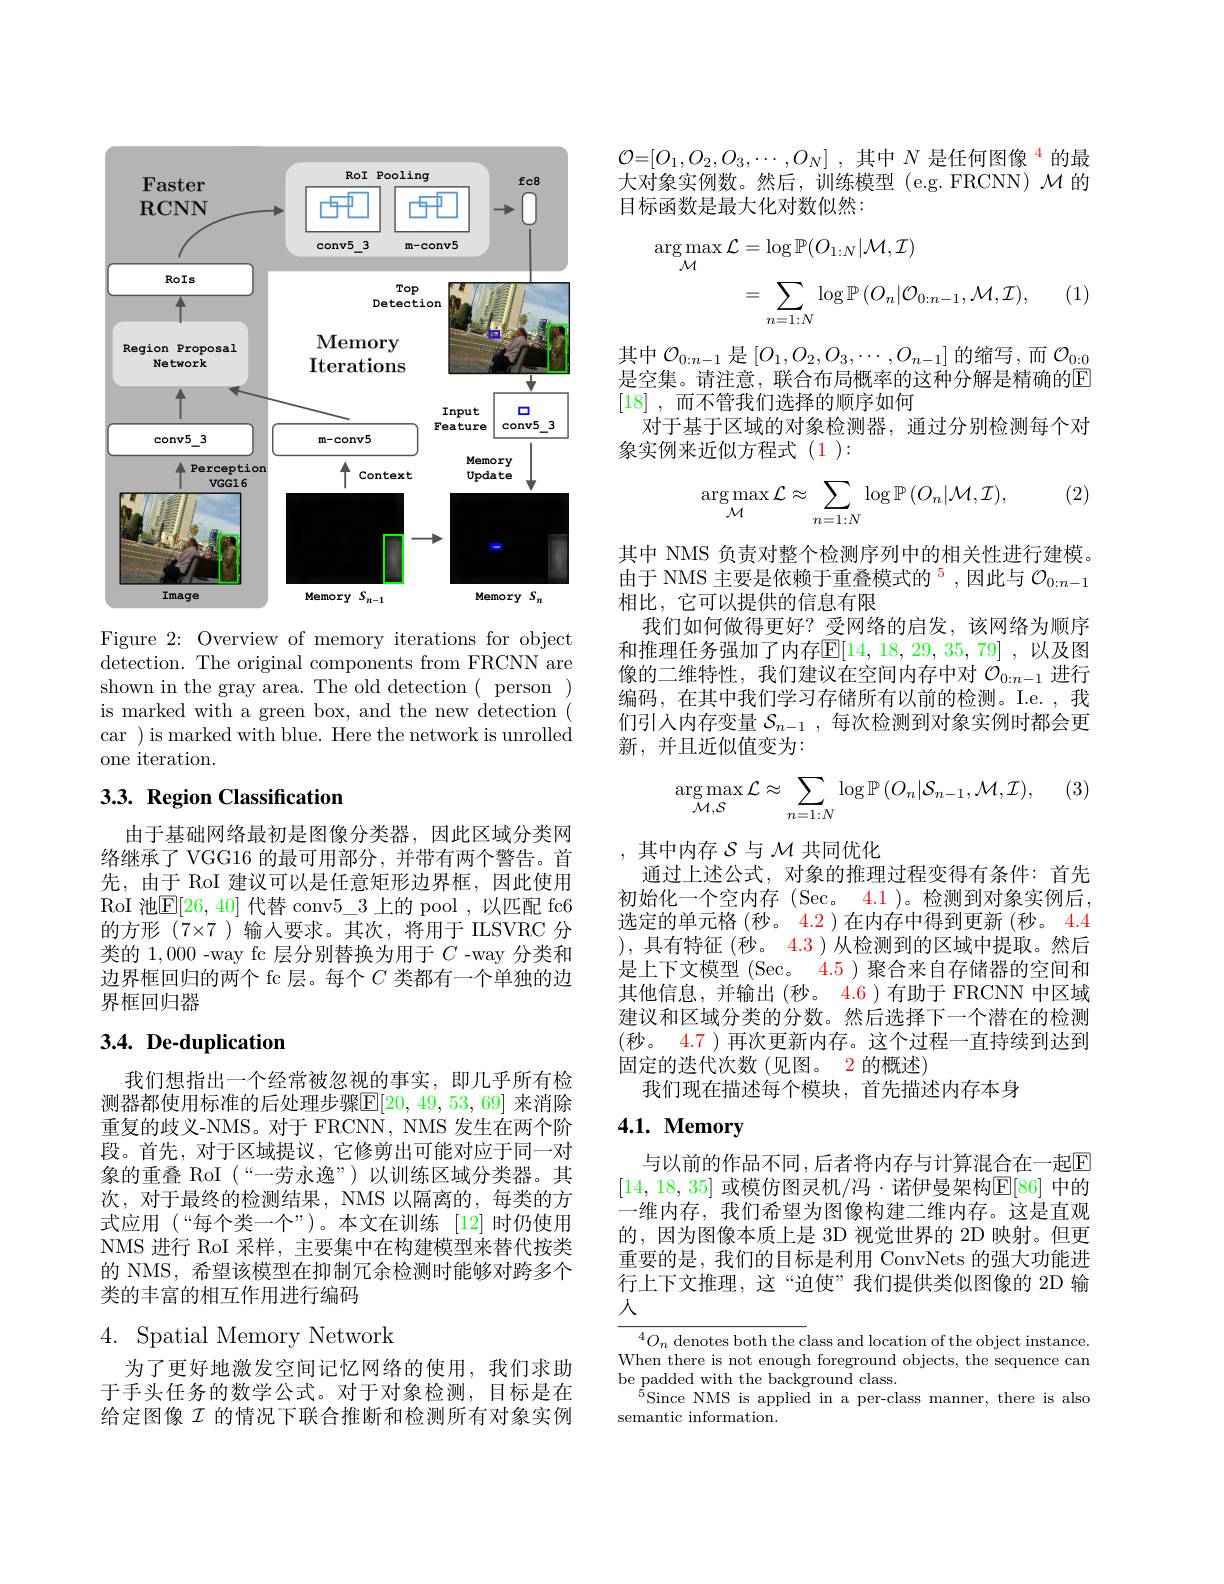
<FigureHere>

Figure 2: Overview of memory iterations for object detection. The original components from FRCNN are shown in the gray area. The old detection ( person ) is marked with a green box, and the new detection ( car )is marked with blue. Here the network is unrolled one iteration.

## 3.3. Region Classification

由于基础网络最初是图像分类器，因此区域分类网络继承了 VGG16 的最可用部分，并带有两个警告。首先，由于 RoI 建议可以是任意矩形边界框，因此使用RoI 池$\boxed{\mathrm{E}}[26,40]$代替 conv$5\_3$上的 pool ,以匹配 fc6的方形 (7×7 )输入要求。其次，将用于 ILSVRC 分类的 1,000 -way fc 层分别替换为用于$C$ -way 分类和边界框回归的两个 fc 层。每个$C$类都有一个单独的边界框回归器

# $3. 4. \textbf{De- duplication}$

我们想指出一个经常被忽视的事实，即几乎所有检测器都使用标准的后处理步骤$\mathbb{E}[20,49,53,69]$ 来消除重复的歧义-NMS。对于 FRCNN, NMS 发生在两个阶段。首先，对于区域提议，它修剪出可能对应于同一对象的重叠 RoI (“一劳永逸”)以训练区域分类器。其次，对于最终的检测结果，NMS 以隔离的，每类的方式应用 (“每个类一个”)。本文在训练 [12]时仍使用NMS 进行 RoI 采样，主要集中在构建模型来替代按类的 NMS, 希望该模型在抑制冗余检测时能够对跨多个类的丰富的相互作用进行编码

# 4. Spatial Memory Network

为了更好地激发空间记忆网络的使用，我们求助于手头任务的数学公式。对于对象检测，目标是在给定图像$\mathcal{I}$ 的情况下联合推断和检测所有对象实例

$\mathcal{O} = [ O_{1}, O_{2}, O_{3}, \cdots , O_{N}]$ ,其中$N\text{ 是任何图像 }^{4}$的最大对象实例数。然后，训练模型(e.g.FRCNN) $\mathcal{M}$的目标函数是最大化对数似然：
$$\begin{aligned}\arg\operatorname*{max}_{\mathcal{M}}\mathcal{L}&=\log\mathbb{P}(O_{1:N}|\mathcal{M},\mathcal{I})\\&=\sum_{n=1:N}\log\mathbb{P}\left(O_{n}|\mathcal{O}_{0:n-1},\mathcal{M},\mathcal{I}\right),\end{aligned}$$
(1)

其中$\mathcal{O}_0:n-1$是$[O_1,O_2,O_3,\cdots,O_{n-1}]$的缩写，而$\mathcal{O}_0:0$ 是空集。请注意，联合布局概率的这种分解是精确的$\overline{\mathrm{E}}$ [18] , 而不管我们选择的顺序如何
对于基于区域的对象检测器，通过分别检测每个对
象实例来近似方程式(1):

(2)
$$\arg\max_{\mathcal{M}}\mathcal{L}\approx\sum_{n=1:N}\log\mathbb{P}\left(O_{n}|\mathcal{M},\mathcal{I}\right),$$
其中 NMS 负责对整个检测序列中的相关性进行建模。由于 NMS 主要是依赖于重叠模式的$^5$,因此与 $\mathcal{O}_0:n-1$ 相比，它可以提供的信息有限
我们如何做得更好？受网络的启发，该网络为顺序和推理任务强加了内存$\mathbb{E}[14,18,29,35,79]$ ,以及图像的二维特性，我们建议在空间内存中对$\mathcal{O}_0:n-1$进行编码，在其中我们学习存储所有以前的检测。I.e. ,我们引入内存变量$\mathcal{S}_n-1$,每次检测到对象实例时都会更新，并且近似值变为：

(3)
$$\arg\max_{\mathcal{M},\mathcal{S}}\mathcal{L}\approx\sum_{n=1:N}\log\mathbb{P}\left(O_{n}|\mathcal{S}_{n-1},\mathcal{M},\mathcal{I}\right),$$
,其中内存$\mathcal{S}$与$\mathcal{M}$共同优化
通过上述公式，对象的推理过程变得有条件：首先初始化一个空内存(Sec。4.1)。检测到对象实例后， 选定的单元格(秒。4.2)在内存中得到更新 (秒。4.4 ),具有特征 (秒。4.3)从检测到的区域中提取。然后是上下文模型 (Sec。4.5 ) 聚合来自存储器的空间和其他信息，并输出(秒。4.6)有助于 FRCNN 中区域建议和区域分类的分数。然后选择下一个潜在的检测(秒。4.7 ) 再次更新内存。这个过程一直持续到达到固定的迭代次数(见图。2 的概述)
我们现在描述每个模块，首先描述内存本身

# 4.1. Memory

与以前的作品不同 ,后者将内存与计算混合在一起$\overline{\mathrm{E}}$ [14,18,35] 或模仿图灵机/冯·诺伊曼架构$\mathbb{E}[86]$ 中的一维内存，我们希望为图像构建二维内存。这是直观的，因为图像本质上是 3D 视觉世界的 2D 映射。但更重要的是，我们的目标是利用 ConvNets 的强大功能进行上下文推理，这“迫使”我们提供类似图像的 2D 输入

$^4O_n$ denotes both the class and location of the object instance. When there is not enough foreground objects, the sequence can be padded with the background class.
$^{5}$Since NMS is applied in a per-class manner, there is also
semantic information.